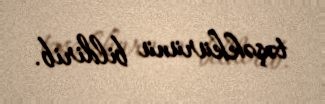
təşəkkürünü bildirib.